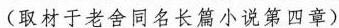
(取材于老舍同名长篇小说第四章)